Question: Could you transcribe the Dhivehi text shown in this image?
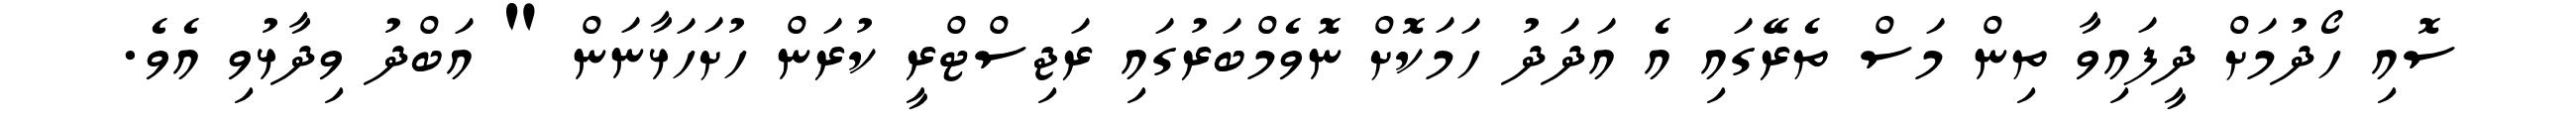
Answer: ސޮއި ހޯދުމަށް ދީފައިވާ ތިން މަސް ތެރޭގައި އެ އަދަދު ހަމަކޮށް ނޮވެމްބަރުގައި ރަޖިސްޓްރީ ކުރަން ހުށަހަޅާނަން " އަބްދު ވިދާޅުވި އެވެ.